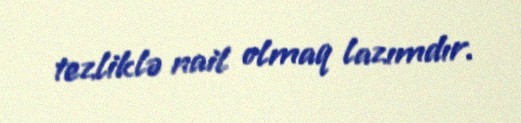
tezliklə nail olmaq lazımdır.